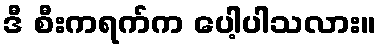
ဒီ စီးကရက်က ပေါ့ပါသလား။